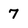
Character: 7